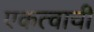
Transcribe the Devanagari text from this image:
एकत्वाची